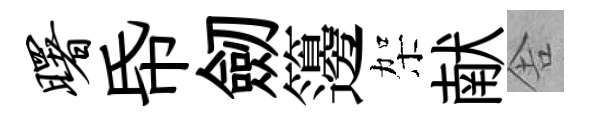
曙帋劒籩架献舎